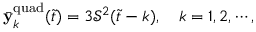
\begin{array} { r } { \bar { \mathbf { y } } _ { k } ^ { \mathrm { q u a d } } ( \Tilde { t } ) = 3 \mathcal { S } ^ { 2 } ( \Tilde { t } - k ) , \quad k = 1 , 2 , \cdots , } \end{array}